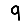
Digit: 9